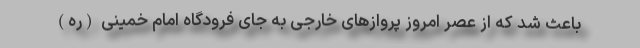
باعث شد که از عصر امروز پروازهای خارجی به جای فرودگاه امام خمینی (ره)